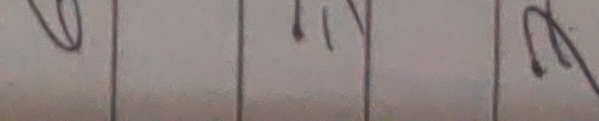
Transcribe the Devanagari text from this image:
"ग"